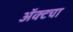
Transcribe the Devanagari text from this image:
अॅक्टचा